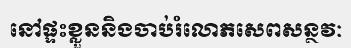
នៅផ្ទះខ្លួននិងចាប់រំលោភសេពសន្ថវៈ